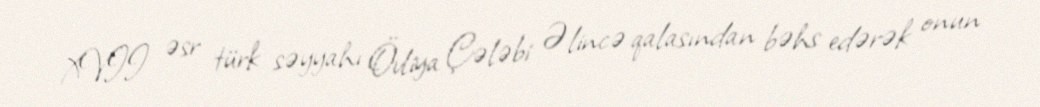
XVII əsr türk səyyahı Övliya Çələbi Əlincə qalasından bəhs edərək onun